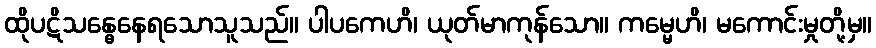
ထိုပဋိသန္ဓေနေရသောသူသည်။ ပါပကေဟိ၊ ယုတ်မာကုန်သော။ ကမ္မေဟိ၊ မကောင်းမှုတို့မှ။